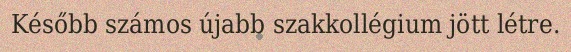
Később számos újabb szakkollégium jött létre.